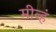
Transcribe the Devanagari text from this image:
मीन्हं